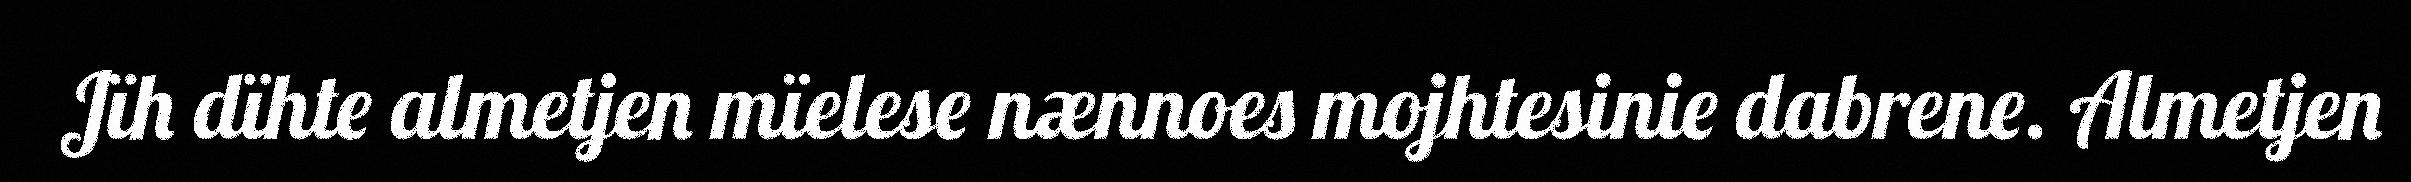
Jïh dïhte almetjen mïelese nænnoes mojhtesinie dabrene. Almetjen